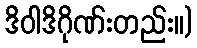
ဒိဝါဒိဂိုဏ်းတည်း။)